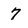
Character: 7